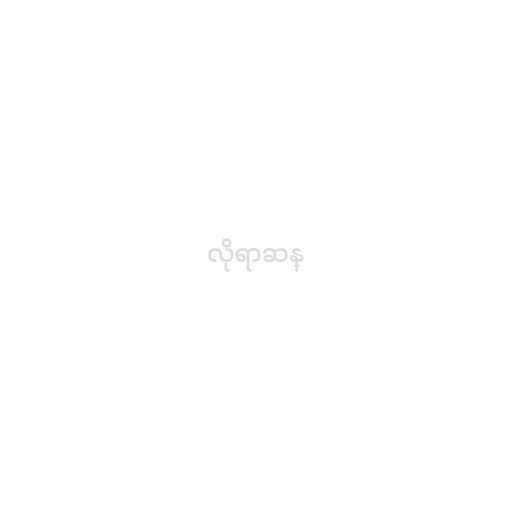
လိုရာဆန္